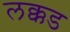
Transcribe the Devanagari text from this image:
लक्कड